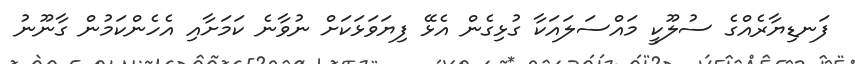
ފަނޑިޔާރެއްގެ ސުލޫކީ މައްސަލައަކާ ގުޅިގެން އެޅޭ ފިޔަވަޅަކަށް ނުވާނެ ކަމަށާއި އެހެންކަމުން ގާނޫނު